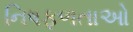
નિષફળતાઓ